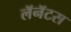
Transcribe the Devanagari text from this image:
लॅनॅटस